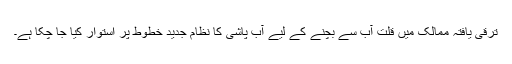
ترقی یافتہ ممالک میں قلتِ آب سے بچنے کے لیے آب پاشی کا نظام جدید خطوط پر استوار کیا جا چکا ہے۔